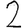
Digit: 2